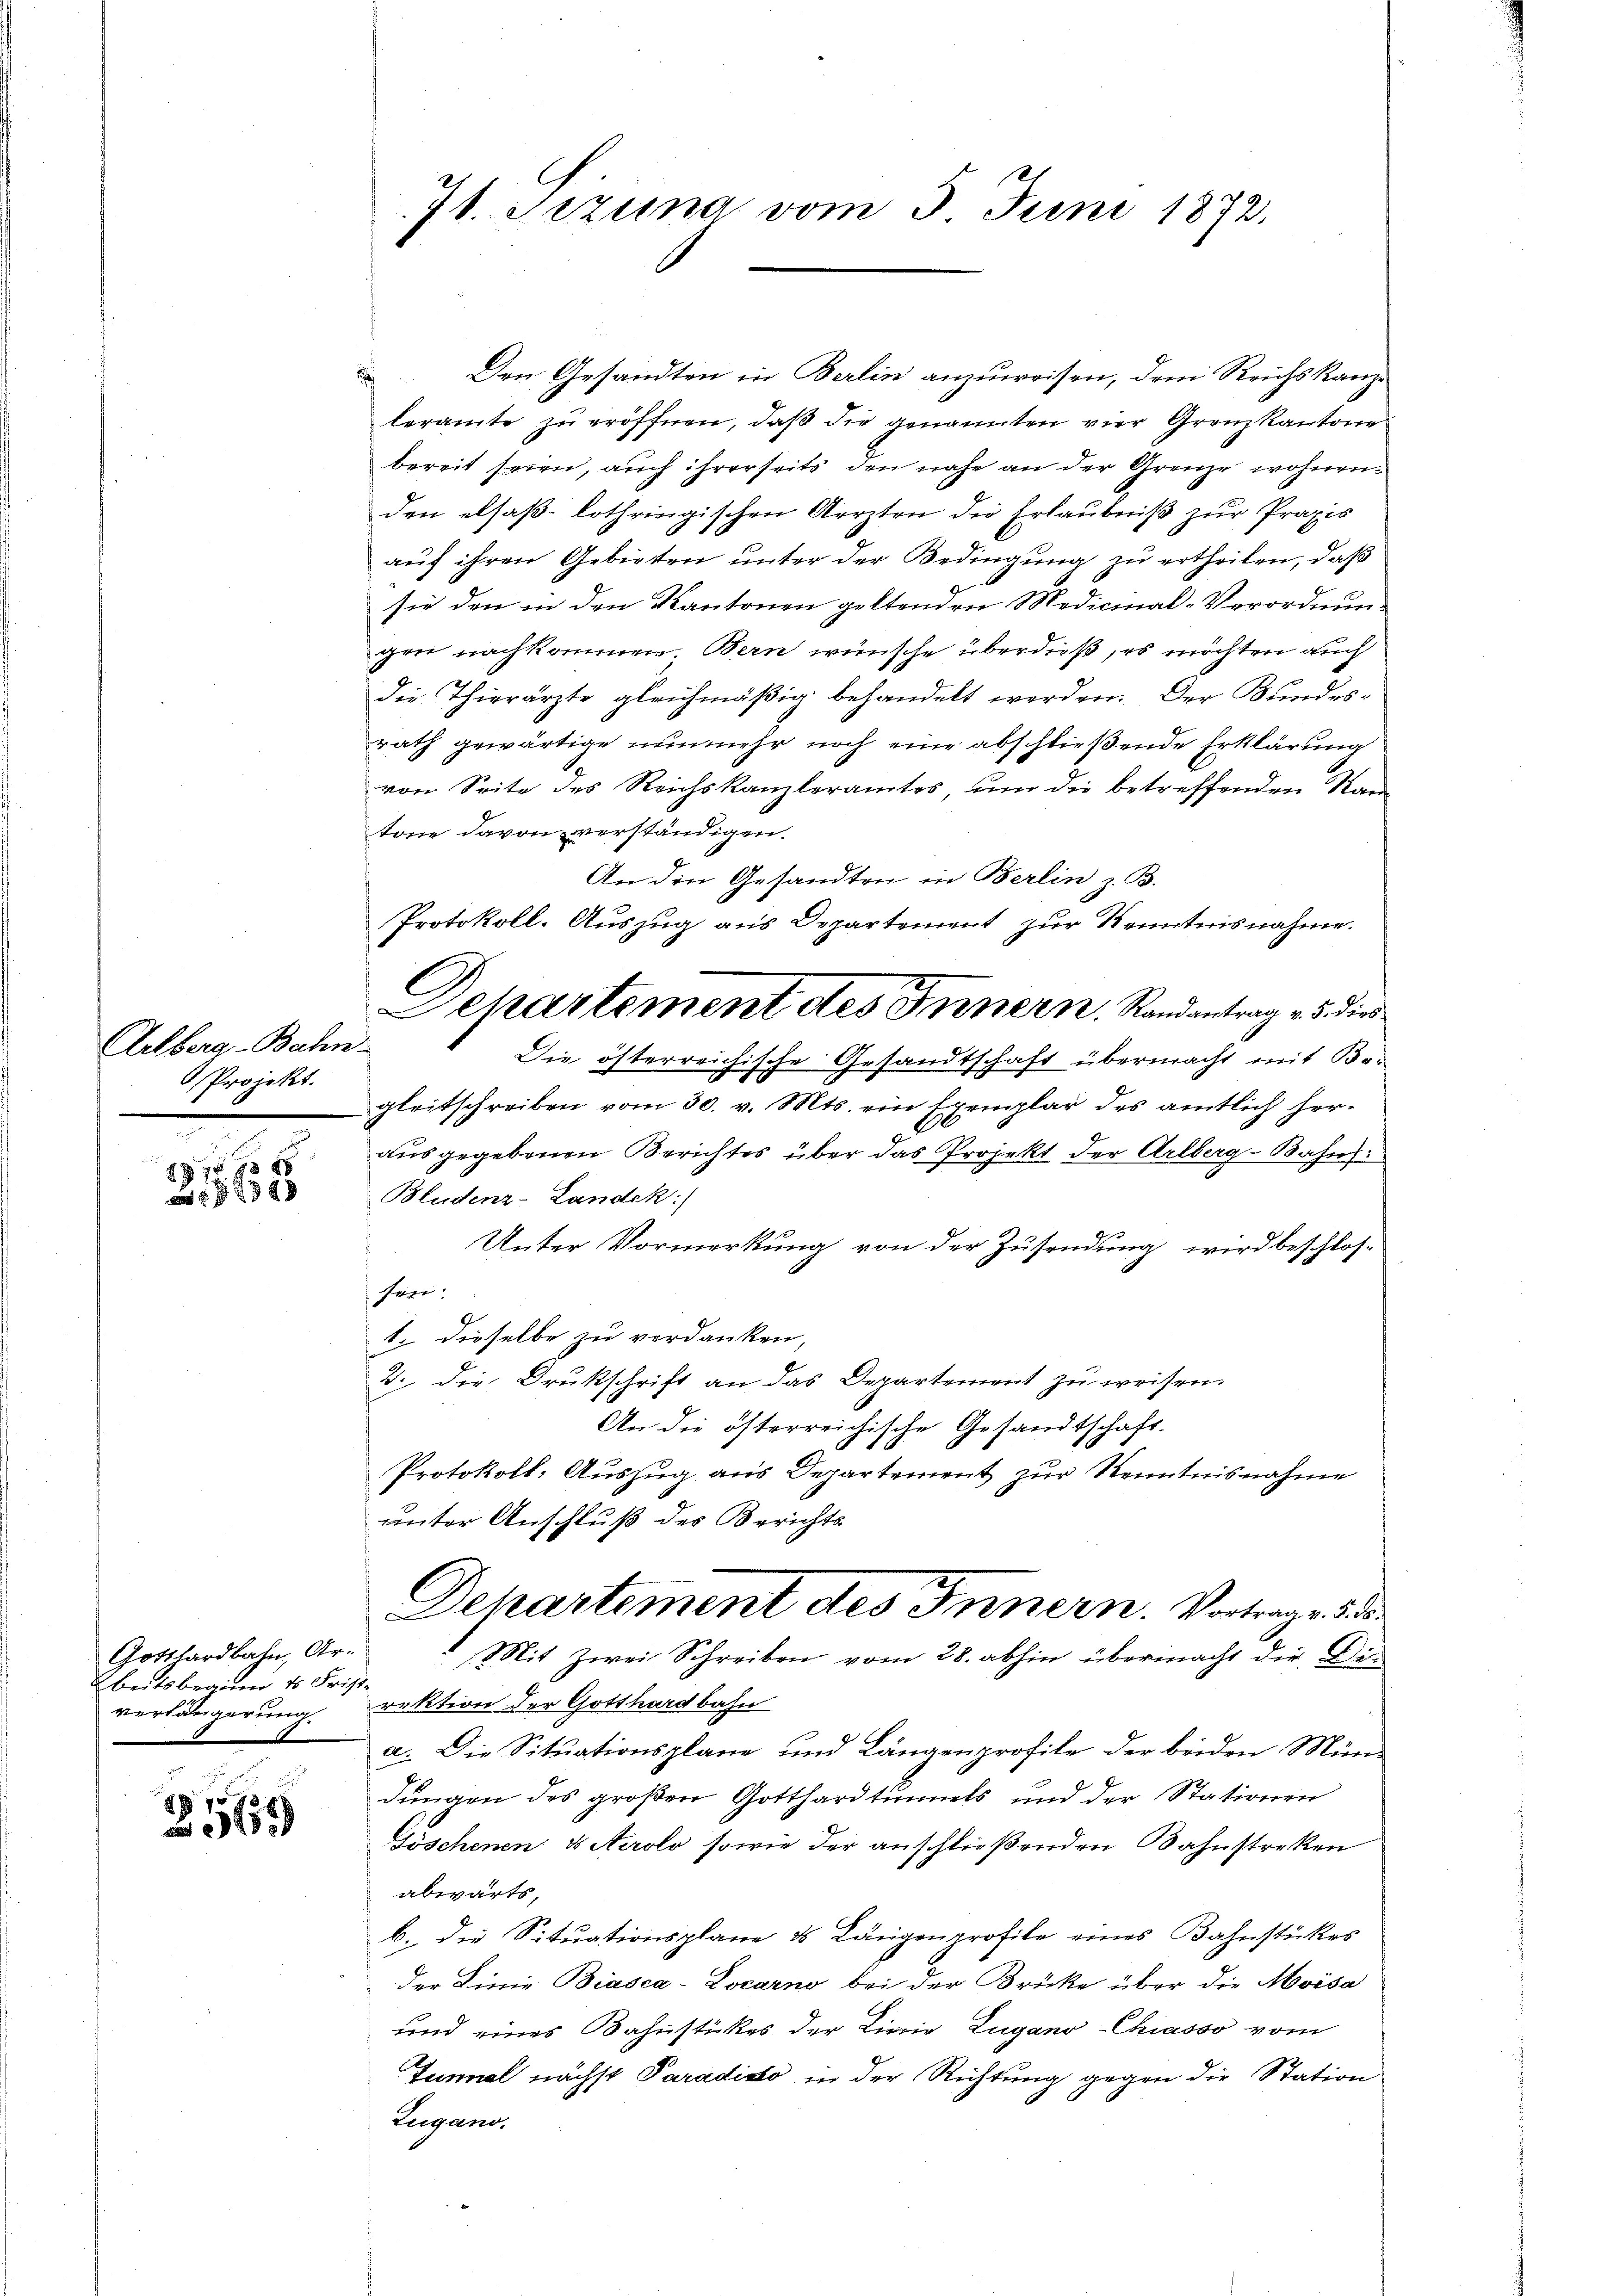
Aelberg-Bahn-
Projekt.

18 f 8 x
ad § 779 49

Gotthardbahn, Ar-
beitsbeginn 1 Frist-
verlängerung.

78
 3255

7t. Sizung vom 3. Juni 1872.

Den Gesandten in Berlin anzuweisen, dem Reichskanzleramte zu eröffnen, daß die genannten vier Grenzkantone
bereit seien, auch ihrerseits den nahe an der Grenze wohnen
den elsaß-lothringischen Aerzten die Erlaubniß zur Praxis
auf ihren Gebieten unter der Bedingung zu ertheilen, daß
sie den in den Kantonen geltenden Medicinal-Verordnungen nachkommen. Bern wünsche überdieß, es möchten auch
die Thierärzte gleichmäßig behandelt werden. Der Bundesrath gewärtige nunmehr noch eine abschließende Erklärung
von Seite des Reichskanzleramtes, um die betreffenden Ran
tone davon verständigen.
An die Gesandten in Berlin z. B.
Protokoll. Aŭszŭg ans Departement zŭr Kenntnisnahme.
Die österre
chische Gesandtschaft übermacht mit Be-
gleitschreiben vom 30. v. Mts. ein Exemplar des amtlich herausgegebenen Berichtes über das Projekt der Arlberg-Bahn:
Bludenz-Landek:
Unter Vormerkung von der Zusendung wird beschlossage:
1. dieselbe zu verdanken,
2. Die Drukschrift an das Departement zu weisen.
An die österreichische Gesandtschaft.
Protokoll- Auszug aus Departement zur Kenntnisnahme
unter Anschluß des Berichts-
Departement des Innern. Vortrage 2.
 Mit zwei Schreiben vom 28. abhin übermacht die Dir
rektion der Gotthardbahn
a. Die Situationsplane und Längenprofile der beiden Mün-
dungen des großen Gotthardtunnels und der Stationen
Jöschenen & Airolo, sowie der anschließenden Bahnstreken
abwärts,
b. die Situationsplane & Längenprofile eines Bahnstückes
der Linie Biasca-Locarno bei der Brücke über die Moisa
und eines Bahnstückes der Linie Zugano-Chiasso vom
Tunnel nächst Paradiato in der Richtung gegen die Station
Lugano.

Dehartement des Innern. Randantrag v. 5. die